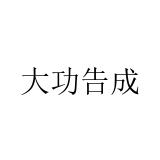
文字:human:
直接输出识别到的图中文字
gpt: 大功告成